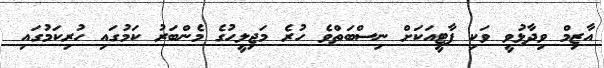
އާޒިމް ވިދާޅުވީ ވަކި ޕާޓީއަކަށް ނިސްބަތްވެ ހުރެ މަޖިލީހުގެ މެންބަރު ކަމުގައި ހުރިކަމުގައި